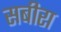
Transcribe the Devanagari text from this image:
सबीरा